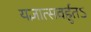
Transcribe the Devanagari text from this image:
यज्ञात्सवर्हुतऽ